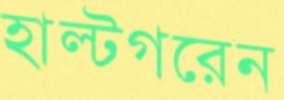
হাল্টগরেন